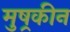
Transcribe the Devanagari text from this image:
मुष्रकीन